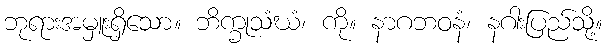
ဘုရားအမှူးရှိသော။ ဘိက္ခုသံဃံ၊ ကို။ နာဂဘဝနံ၊ နဂါးပြည်သို့။